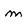
Character: m